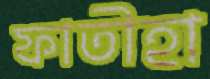
ফাতীহা